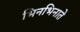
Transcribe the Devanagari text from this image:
भिनभिनाते